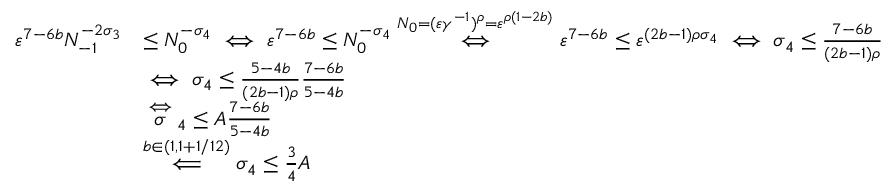
\begin{array} { r l } { \varepsilon ^ { 7 - 6 b } N _ { - 1 } ^ { - 2 \sigma _ { 3 } } } & { \le N _ { 0 } ^ { - \sigma _ { 4 } } \iff \varepsilon ^ { 7 - 6 b } \le N _ { 0 } ^ { - \sigma _ { 4 } } \overset { N _ { 0 } = ( \varepsilon \gamma ^ { - 1 } ) ^ { \rho } = \varepsilon ^ { \rho ( 1 - 2 b ) } } { \iff } \varepsilon ^ { 7 - 6 b } \le \varepsilon ^ { ( 2 b - 1 ) \rho \sigma _ { 4 } } \iff \sigma _ { 4 } \le \frac { 7 - 6 b } { ( 2 b - 1 ) \rho } } \\ & { \iff \sigma _ { 4 } \le \frac { 5 - 4 b } { ( 2 b - 1 ) \rho } \frac { 7 - 6 b } { 5 - 4 b } } \\ & { \overset \iff \sigma _ { 4 } \le A \frac { 7 - 6 b } { 5 - 4 b } } \\ & { \overset { b \in ( 1 , 1 + 1 / 1 2 ) } { \Longleftarrow } \sigma _ { 4 } \le \frac { 3 } { 4 } A } \end{array}